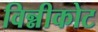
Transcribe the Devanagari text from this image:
विन्नीकोट